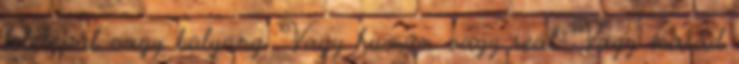
letelepül vagy bolyong. Vagy humán vagy reál. Vagy marad